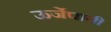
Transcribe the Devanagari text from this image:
ऊर्जेपायी